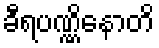
ခီရပဏ္ဏိနောတိ